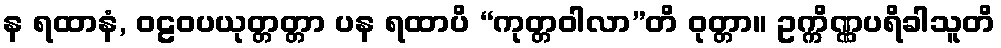
န ရထာနံ, ဝဠဝပယုတ္တတ္တာ ပန ရထာပိ “ကုတ္တဝါလာ”တိ ဝုတ္တာ။ ဥက္ကိဏ္ဏပရိခါသူတိ